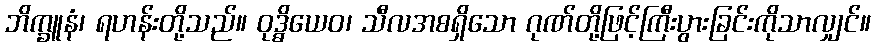
ဘိက္ခူနံ၊ ရဟန်းတို့သည်။ ဝုဒ္ဓိယေဝ၊ သီလအစရှိသော ဂုဏ်တို့ဖြင့်ကြီးပွားခြင်းကိုသာလျှင်။